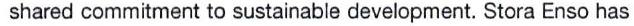
shared commitment to sustainable development. Stora Enso has